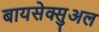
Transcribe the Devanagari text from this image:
बायसेक्सुअल